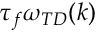
\tau _ { f } \omega _ { T D } ( k )